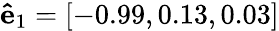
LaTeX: \mathbf{\hat{e}}_{1}=[-0.99,0.13,0.03]